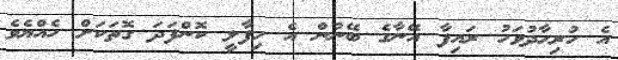
އެ ހުރިހާދުވަހު ރައިފާ އޭނާގެ ބޭނުން އެ ހިފާލީ ކޮންފަދަ ގޮތަކަށް ހެއްޔެވެ